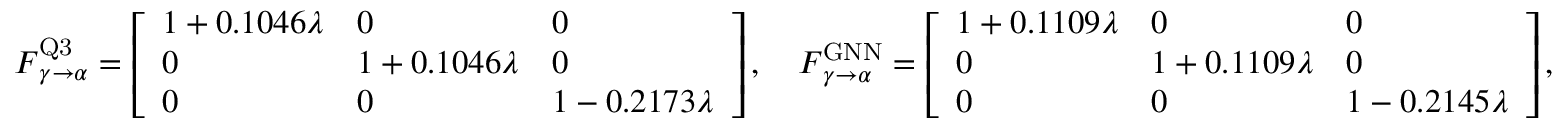
\boldsymbol { F } _ { \gamma \rightarrow \alpha } ^ { \mathrm { Q 3 } } = \left[ \begin{array} { l l l } { 1 + 0 . 1 0 4 6 \lambda } & { 0 } & { 0 } \\ { 0 } & { 1 + 0 . 1 0 4 6 \lambda } & { 0 } \\ { 0 } & { 0 } & { 1 - 0 . 2 1 7 3 \lambda } \end{array} \right] , \quad \boldsymbol { F } _ { \gamma \rightarrow \alpha } ^ { \mathrm { G N N } } = \left[ \begin{array} { l l l } { 1 + 0 . 1 1 0 9 \lambda } & { 0 } & { 0 } \\ { 0 } & { 1 + 0 . 1 1 0 9 \lambda } & { 0 } \\ { 0 } & { 0 } & { 1 - 0 . 2 1 4 5 \lambda } \end{array} \right] ,